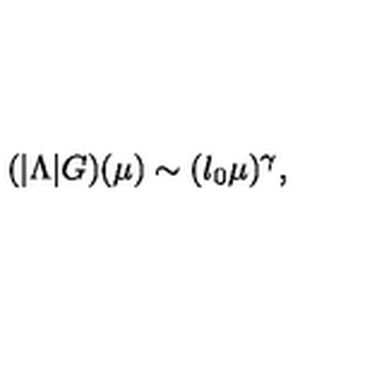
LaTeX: ( | \Lambda | G ) ( \mu ) \sim ( l _ { 0 } \mu ) ^ { \gamma } ,